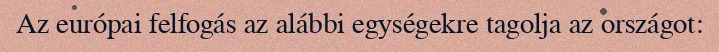
Az európai felfogás az alábbi egységekre tagolja az országot: